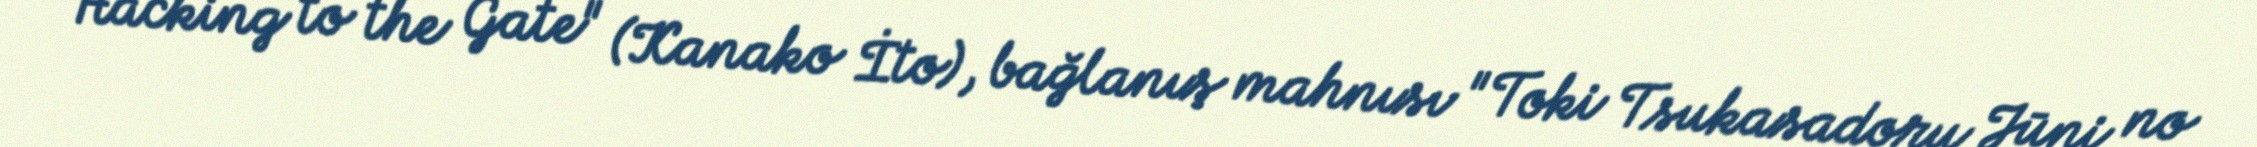
"Hacking to the Gate" (Kanako İto), bağlanış mahnısı "Toki Tsukasadoru Jūni no